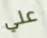
علي